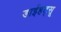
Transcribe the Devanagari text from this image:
डाईहट्सू